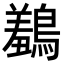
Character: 𪅠